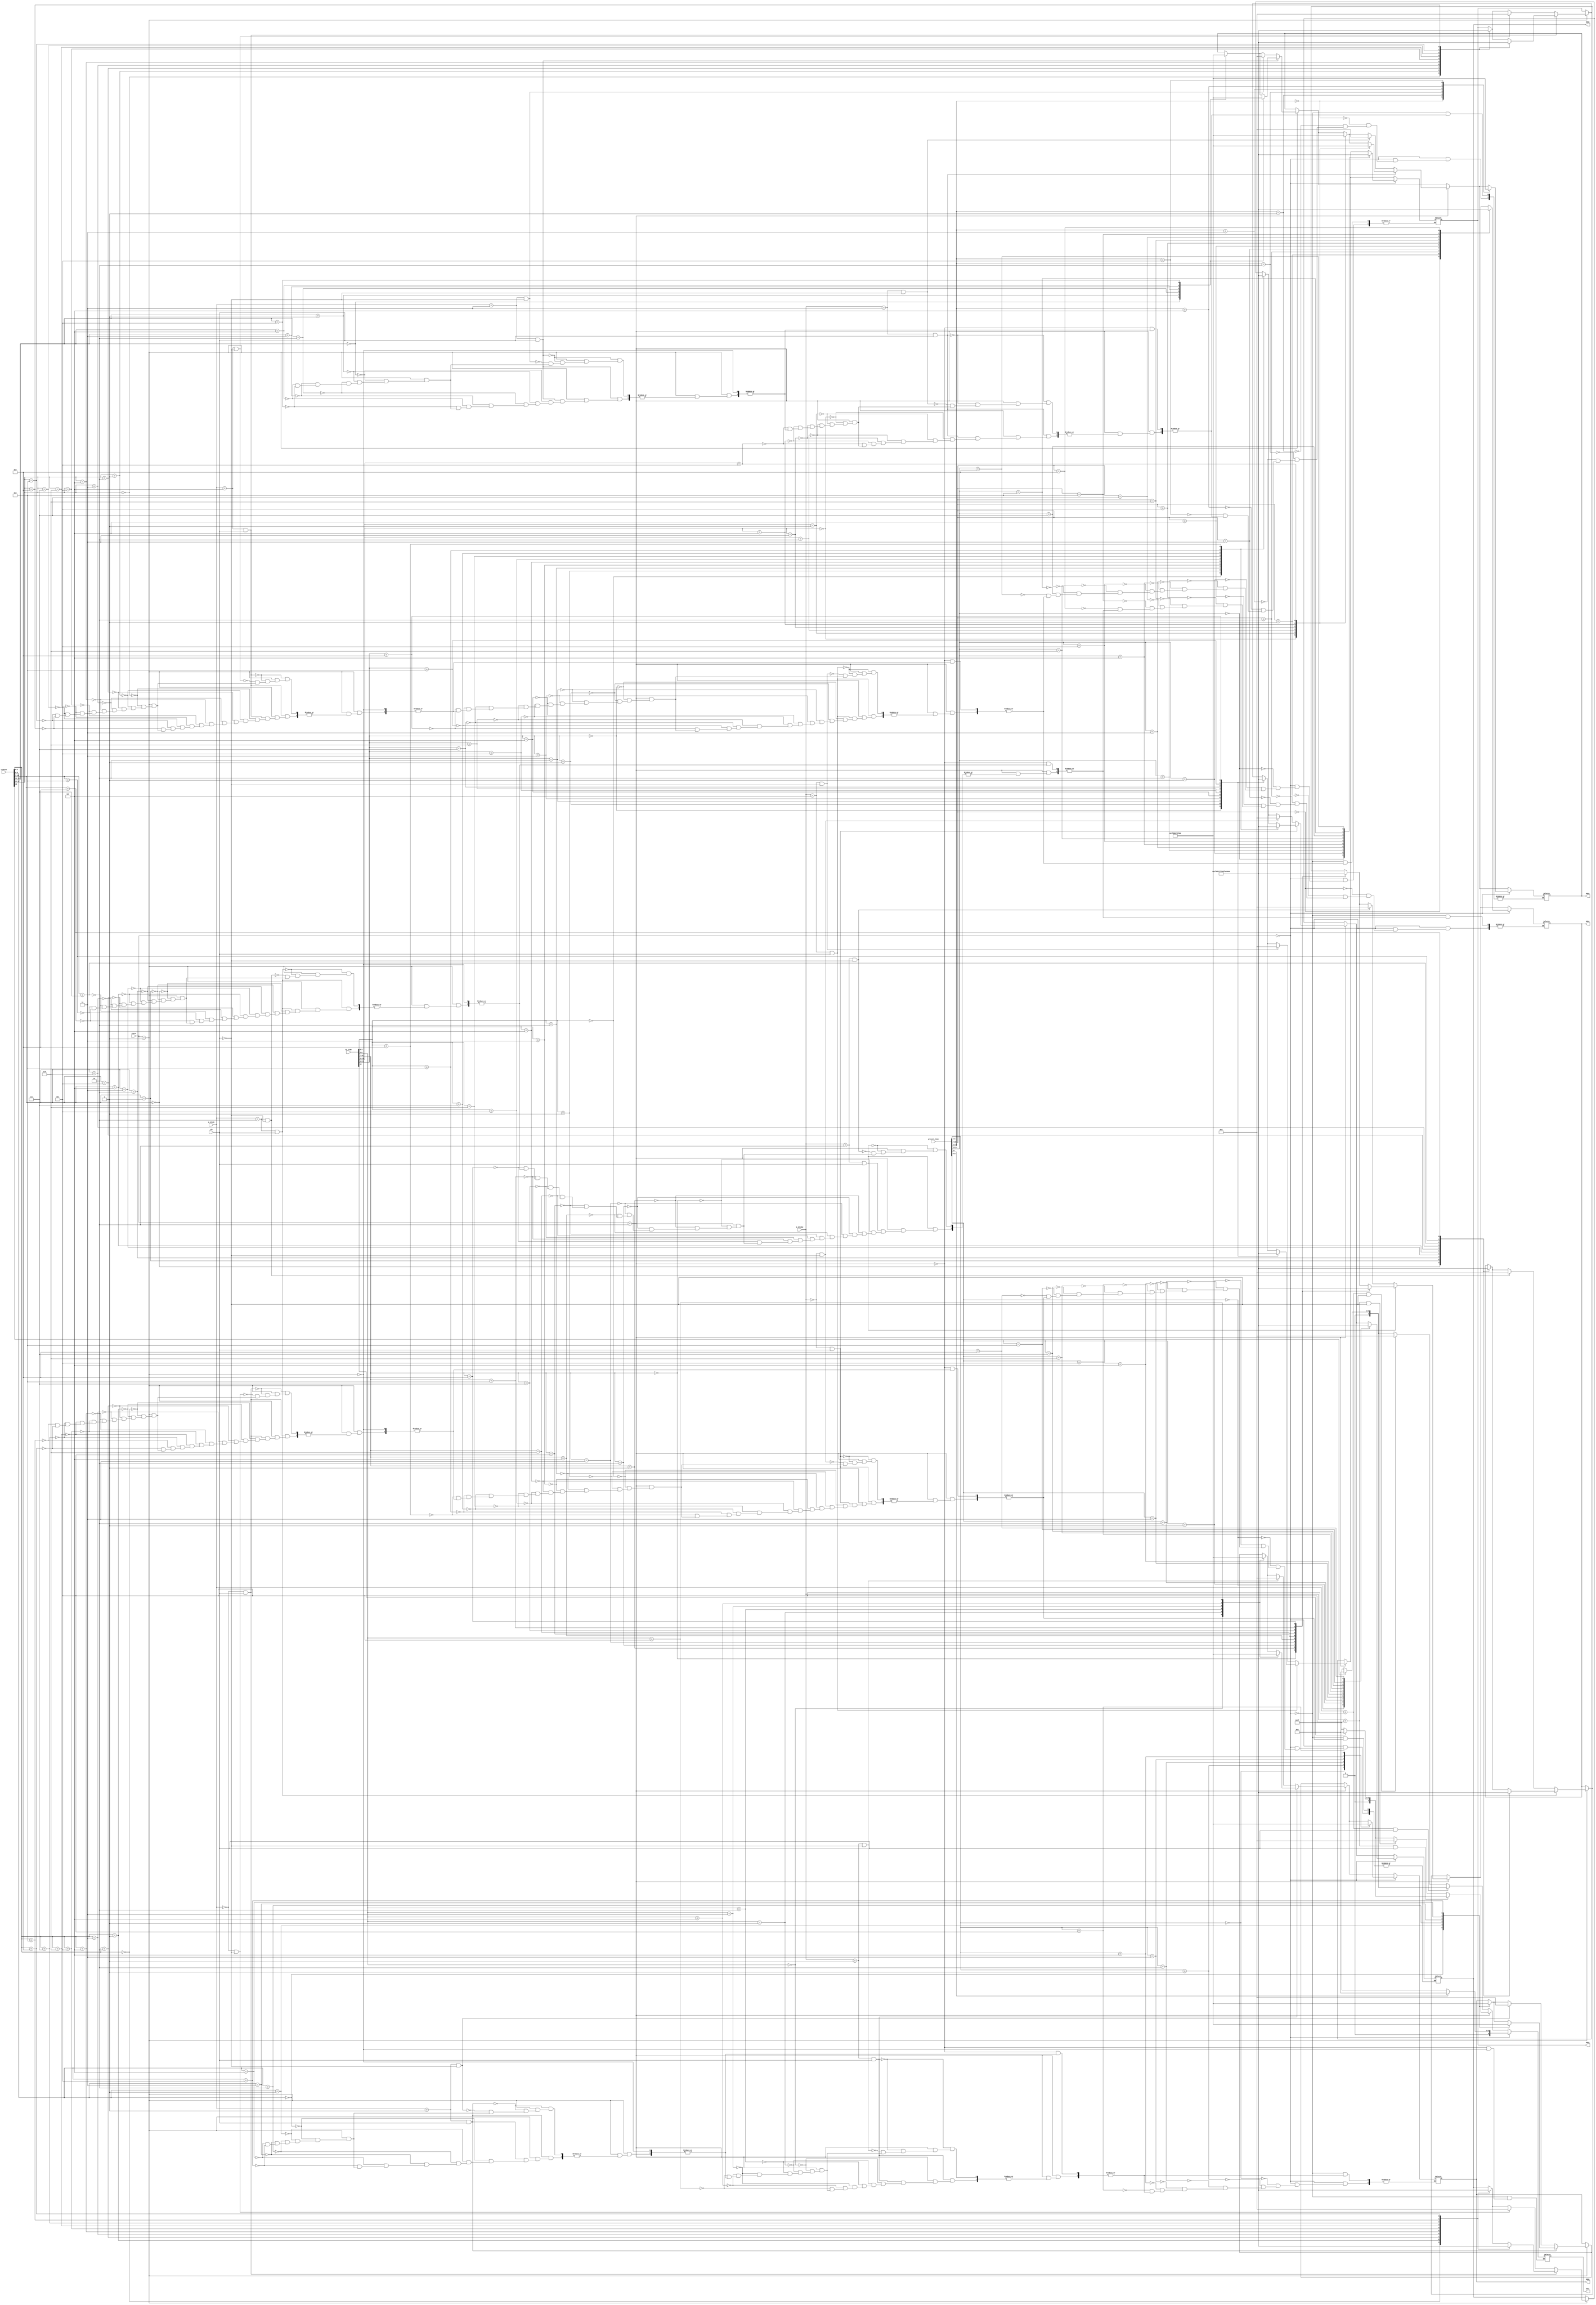
module seg7dec (

input clk,  // 2hz
input wire[18:0] timeset,
input wire[18:0] AL_time,
input wire[18:0] present_time,
input wire[2:0] S_STATE,
input wire[2:0] S_STATE2,
input wire[1:0] state,

output reg [0:6] SEG1, // hour10
output reg [0:6] SEG2, // hour
output reg [0:6] SEG3, // minute10
output reg [0:6] SEG4, // minute
output reg [0:6] SEG5, // second10
output reg [0:6] SEG6  // sec
);

always @(*)
begin

if (state[1:0] == 2'b01) begin // timeset mode

 case (timeset[18]) // hour10
 0: SEG1[0:6] = 7'b011_1111;
 1: SEG1[0:6] = 7'b000_0110;
 endcase

 case (timeset[17:14]) // hour
 4'h0: SEG2[0:6] = 7'b011_1111;
 4'h1: SEG2[0:6] = 7'b000_0110;
 4'h2: SEG2[0:6] = 7'b101_1011;
 4'h3: SEG2[0:6] = 7'b100_1111;
 4'h4: SEG2[0:6] = 7'b110_0110;
 4'h5: SEG2[0:6] = 7'b110_1101;
 4'h6: SEG2[0:6] = 7'b111_1101;
 4'h7: SEG2[0:6] = 7'b000_0111;
 4'h8: SEG2[0:6] = 7'b111_1111;
 4'h9: SEG2[0:6] = 7'b110_1111;
endcase

case (timeset[13:11]) // minute10
 4'h0: SEG3[0:6] = 7'b011_1111;
 4'h1: SEG3[0:6] = 7'b000_0110;
 4'h2: SEG3[0:6] = 7'b101_1011;
 4'h3: SEG3[0:6] = 7'b100_1111;
 4'h4: SEG3[0:6] = 7'b110_0110;
 4'h5: SEG3[0:6] = 7'b110_1101;
endcase

case (timeset[10:7]) // minute
 4'h0: SEG4[0:6] = 7'b011_1111;
 4'h1: SEG4[0:6] = 7'b000_0110;
 4'h2: SEG4[0:6] = 7'b101_1011;
 4'h3: SEG4[0:6] = 7'b100_1111;
 4'h4: SEG4[0:6] = 7'b110_0110;
 4'h5: SEG4[0:6] = 7'b110_1101;
 4'h6: SEG4[0:6] = 7'b111_1101;
 4'h7: SEG4[0:6] = 7'b000_0111;
 4'h8: SEG4[0:6] = 7'b111_1111;
 4'h9: SEG4[0:6] = 7'b110_1111;
endcase

case (timeset[6:4]) // second10
 4'h0: SEG5[0:6] = 7'b011_1111;
 4'h1: SEG5[0:6] = 7'b000_0110;
 4'h2: SEG5[0:6] = 7'b101_1011;
 4'h3: SEG5[0:6] = 7'b100_1111;
 4'h4: SEG5[0:6] = 7'b110_0110;
 4'h5: SEG5[0:6] = 7'b110_1101;
endcase

case (timeset[3:0]) // sec
 4'h0: SEG6[0:6] = 7'b011_1111;
 4'h1: SEG6[0:6] = 7'b000_0110;
 4'h2: SEG6[0:6] = 7'b101_1011;
 4'h3: SEG6[0:6] = 7'b100_1111;
 4'h4: SEG6[0:6] = 7'b110_0110;
 4'h5: SEG6[0:6] = 7'b110_1101;
 4'h6: SEG6[0:6] = 7'b111_1101;
 4'h7: SEG6[0:6] = 7'b000_0111;
 4'h8: SEG6[0:6] = 7'b111_1111;
 4'h9: SEG6[0:6] = 7'b110_1111;
endcase


// slected segment flash code (0.5sec) (timeset)
if (S_STATE[2:0] == 3'b101 && clk == 1) begin
 case (timeset[18]) // hour10
 0: SEG1[0:6] = 7'b011_1111;
 1: SEG1[0:6] = 7'b000_0110;
 endcase
end

else if (S_STATE[2:0] == 3'b101 && clk == 0) begin
  SEG1[0:6] = 7'b000_0000;
end

if (S_STATE[2:0] == 3'b100 && clk == 1) begin
 case (timeset[17:14]) // hour
 4'h0: SEG2[0:6] = 7'b011_1111;
 4'h1: SEG2[0:6] = 7'b000_0110;
 4'h2: SEG2[0:6] = 7'b101_1011;
 4'h3: SEG2[0:6] = 7'b100_1111;
 4'h4: SEG2[0:6] = 7'b110_0110;
 4'h5: SEG2[0:6] = 7'b110_1101;
 4'h6: SEG2[0:6] = 7'b111_1101;
 4'h7: SEG2[0:6] = 7'b000_0111;
 4'h8: SEG2[0:6] = 7'b111_1111;
 4'h9: SEG2[0:6] = 7'b110_1111;
endcase
end

else if (S_STATE[2:0] == 3'b100 && clk == 0) begin
  SEG2[0:6] = 7'b000_0000;
end

if (S_STATE[2:0] == 3'b011 && clk == 1) begin
 case (timeset[13:11]) // minute10
 4'h0: SEG3[0:6] = 7'b011_1111;
 4'h1: SEG3[0:6] = 7'b000_0110;
 4'h2: SEG3[0:6] = 7'b101_1011;
 4'h3: SEG3[0:6] = 7'b100_1111;
 4'h4: SEG3[0:6] = 7'b110_0110;
 4'h5: SEG3[0:6] = 7'b110_1101;
 endcase
end

else if (S_STATE[2:0] == 3'b011 && clk == 0) begin
  SEG3[0:6] = 7'b000_0000;
end

if (S_STATE[2:0] == 3'b010 && clk == 1) begin
case (timeset[10:7]) // minute
 4'h0: SEG4[0:6] = 7'b011_1111;
 4'h1: SEG4[0:6] = 7'b000_0110;
 4'h2: SEG4[0:6] = 7'b101_1011;
 4'h3: SEG4[0:6] = 7'b100_1111;
 4'h4: SEG4[0:6] = 7'b110_0110;
 4'h5: SEG4[0:6] = 7'b110_1101;
 4'h6: SEG4[0:6] = 7'b111_1101;
 4'h7: SEG4[0:6] = 7'b000_0111;
 4'h8: SEG4[0:6] = 7'b111_1111;
 4'h9: SEG4[0:6] = 7'b110_1111;
endcase
end

else if (S_STATE[2:0] == 3'b010 && clk == 0) begin
  SEG4[0:6] = 7'b000_0000;
end

if (S_STATE[2:0] == 3'b001 && clk == 1) begin
case (timeset[6:4]) // second10
 4'h0: SEG5[0:6] = 7'b011_1111;
 4'h1: SEG5[0:6] = 7'b000_0110;
 4'h2: SEG5[0:6] = 7'b101_1011;
 4'h3: SEG5[0:6] = 7'b100_1111;
 4'h4: SEG5[0:6] = 7'b110_0110;
 4'h5: SEG5[0:6] = 7'b110_1101;
endcase
end

else if (S_STATE[2:0] == 3'b001 && clk == 0) begin
  SEG5[0:6] = 7'b000_0000;
end

if (S_STATE[2:0] == 3'b000 && clk == 1) begin
case (timeset[3:0]) // sec
 4'h0: SEG6[0:6] = 7'b011_1111;
 4'h1: SEG6[0:6] = 7'b000_0110;
 4'h2: SEG6[0:6] = 7'b101_1011;
 4'h3: SEG6[0:6] = 7'b100_1111;
 4'h4: SEG6[0:6] = 7'b110_0110;
 4'h5: SEG6[0:6] = 7'b110_1101;
 4'h6: SEG6[0:6] = 7'b111_1101;
 4'h7: SEG6[0:6] = 7'b000_0111;
 4'h8: SEG6[0:6] = 7'b111_1111;
 4'h9: SEG6[0:6] = 7'b110_1111;
endcase
end

else if (S_STATE[2:0] == 3'b000 && clk == 0) begin
  SEG6[0:6] = 7'b000_0000;
end

end


// AL_time
if (state[1:0] == 2'b10) begin

case (AL_time[18]) // hour10
 4'h0: SEG1[0:6] = 7'b011_1111;
 4'h1: SEG1[0:6] = 7'b000_0110;
endcase

case (AL_time[17:14]) // hour
 4'h0: SEG2[0:6] = 7'b011_1111;
 4'h1: SEG2[0:6] = 7'b000_0110;
 4'h2: SEG2[0:6] = 7'b101_1011;
 4'h3: SEG2[0:6] = 7'b100_1111;
 4'h4: SEG2[0:6] = 7'b110_0110;
 4'h5: SEG2[0:6] = 7'b110_1101;
 4'h6: SEG2[0:6] = 7'b111_1101;
 4'h7: SEG2[0:6] = 7'b000_0111;
 4'h8: SEG2[0:6] = 7'b111_1111;
 4'h9: SEG2[0:6] = 7'b110_1111;
endcase

case (AL_time[13:11]) // minute10
 4'h0: SEG3[0:6] = 7'b011_1111;
 4'h1: SEG3[0:6] = 7'b000_0110;
 4'h2: SEG3[0:6] = 7'b101_1011;
 4'h3: SEG3[0:6] = 7'b100_1111;
 4'h4: SEG3[0:6] = 7'b110_0110;
 4'h5: SEG3[0:6] = 7'b110_1101;
endcase

case (AL_time[10:7]) // minute
 4'h0: SEG4[0:6] = 7'b011_1111;
 4'h1: SEG4[0:6] = 7'b000_0110;
 4'h2: SEG4[0:6] = 7'b101_1011;
 4'h3: SEG4[0:6] = 7'b100_1111;
 4'h4: SEG4[0:6] = 7'b110_0110;
 4'h5: SEG4[0:6] = 7'b110_1101;
 4'h6: SEG4[0:6] = 7'b111_1101;
 4'h7: SEG4[0:6] = 7'b000_0111;
 4'h8: SEG4[0:6] = 7'b111_1111;
 4'h9: SEG4[0:6] = 7'b110_1111;
endcase

case (AL_time[6:4]) // second10
 4'h0: SEG5[0:6] = 7'b011_1111;
 4'h1: SEG5[0:6] = 7'b000_0110;
 4'h2: SEG5[0:6] = 7'b101_1011;
 4'h3: SEG5[0:6] = 7'b100_1111;
 4'h4: SEG5[0:6] = 7'b110_0110;
 4'h5: SEG5[0:6] = 7'b110_1101;
endcase

case (AL_time[3:0]) // sec
 4'h0: SEG6[0:6] = 7'b011_1111;
 4'h1: SEG6[0:6] = 7'b000_0110;
 4'h2: SEG6[0:6] = 7'b101_1011;
 4'h3: SEG6[0:6] = 7'b100_1111;
 4'h4: SEG6[0:6] = 7'b110_0110;
 4'h5: SEG6[0:6] = 7'b110_1101;
 4'h6: SEG6[0:6] = 7'b111_1101;
 4'h7: SEG6[0:6] = 7'b000_0111;
 4'h8: SEG6[0:6] = 7'b111_1111;
 4'h9: SEG6[0:6] = 7'b110_1111;
endcase


// slected segment flash code (0.5sec) (AL_time)
if (S_STATE2[2:0] == 3'b101 && clk == 1) begin
 case (AL_time[18]) // hour10
 0: SEG1[0:6] = 7'b011_1111;
 1: SEG1[0:6] = 7'b000_0110;
 endcase
end

else if (S_STATE2[2:0] == 3'b101 && clk == 0) begin
  SEG1[0:6] = 7'b000_0000;
end

if (S_STATE2[2:0] == 3'b100 && clk == 1) begin
 case (AL_time[17:14]) // hour
 4'h0: SEG2[0:6] = 7'b011_1111;
 4'h1: SEG2[0:6] = 7'b000_0110;
 4'h2: SEG2[0:6] = 7'b101_1011;
 4'h3: SEG2[0:6] = 7'b100_1111;
 4'h4: SEG2[0:6] = 7'b110_0110;
 4'h5: SEG2[0:6] = 7'b110_1101;
 4'h6: SEG2[0:6] = 7'b111_1101;
 4'h7: SEG2[0:6] = 7'b000_0111;
 4'h8: SEG2[0:6] = 7'b111_1111;
 4'h9: SEG2[0:6] = 7'b110_1111;
endcase
end

else if (S_STATE2[2:0] == 3'b100 && clk == 0) begin
  SEG2[0:6] = 7'b000_0000;
end

if (S_STATE2[2:0] == 3'b011 && clk == 1) begin
 case (AL_time[13:11]) // minute10
 4'h0: SEG3[0:6] = 7'b011_1111;
 4'h1: SEG3[0:6] = 7'b000_0110;
 4'h2: SEG3[0:6] = 7'b101_1011;
 4'h3: SEG3[0:6] = 7'b100_1111;
 4'h4: SEG3[0:6] = 7'b110_0110;
 4'h5: SEG3[0:6] = 7'b110_1101;
 endcase
end

else if (S_STATE2[2:0] == 3'b011 && clk == 0) begin
  SEG3[0:6] = 7'b000_0000;
end

if (S_STATE2[2:0] == 3'b010 && clk == 1) begin
case (AL_time[10:7]) // minute
 4'h0: SEG4[0:6] = 7'b011_1111;
 4'h1: SEG4[0:6] = 7'b000_0110;
 4'h2: SEG4[0:6] = 7'b101_1011;
 4'h3: SEG4[0:6] = 7'b100_1111;
 4'h4: SEG4[0:6] = 7'b110_0110;
 4'h5: SEG4[0:6] = 7'b110_1101;
 4'h6: SEG4[0:6] = 7'b111_1101;
 4'h7: SEG4[0:6] = 7'b000_0111;
 4'h8: SEG4[0:6] = 7'b111_1111;
 4'h9: SEG4[0:6] = 7'b110_1111;
endcase
end

else if (S_STATE2[2:0] == 3'b010 && clk == 0) begin
  SEG4[0:6] = 7'b000_0000;
end

if (S_STATE2[2:0] == 3'b001 && clk == 1) begin
case (AL_time[6:4]) // second10
 4'h0: SEG5[0:6] = 7'b011_1111;
 4'h1: SEG5[0:6] = 7'b000_0110;
 4'h2: SEG5[0:6] = 7'b101_1011;
 4'h3: SEG5[0:6] = 7'b100_1111;
 4'h4: SEG5[0:6] = 7'b110_0110;
 4'h5: SEG5[0:6] = 7'b110_1101;
endcase
end

else if (S_STATE2[2:0] == 3'b001 && clk == 0) begin
  SEG5[0:6] = 7'b000_0000;
end

if (S_STATE2[2:0] == 3'b000 && clk == 1) begin
case (AL_time[3:0]) // sec
 4'h0: SEG6[0:6] = 7'b011_1111;
 4'h1: SEG6[0:6] = 7'b000_0110;
 4'h2: SEG6[0:6] = 7'b101_1011;
 4'h3: SEG6[0:6] = 7'b100_1111;
 4'h4: SEG6[0:6] = 7'b110_0110;
 4'h5: SEG6[0:6] = 7'b110_1101;
 4'h6: SEG6[0:6] = 7'b111_1101;
 4'h7: SEG6[0:6] = 7'b000_0111;
 4'h8: SEG6[0:6] = 7'b111_1111;
 4'h9: SEG6[0:6] = 7'b110_1111;
endcase
end

else if (S_STATE2[2:0] == 3'b000 && clk == 0) begin
  SEG6[0:6] = 7'b000_0000;
end

end





// present time
if (state[1:0] == 2'b00) begin

case (present_time[18]) // hour10
 0: SEG1[0:6] = 7'b011_1111;
 1: SEG1[0:6] = 7'b000_0110;
endcase

case (present_time[17:14]) // hour
 4'h0: SEG2[0:6] = 7'b011_1111;
 4'h1: SEG2[0:6] = 7'b000_0110;
 4'h2: SEG2[0:6] = 7'b101_1011;
 4'h3: SEG2[0:6] = 7'b100_1111;
 4'h4: SEG2[0:6] = 7'b110_0110;
 4'h5: SEG2[0:6] = 7'b110_1101;
 4'h6: SEG2[0:6] = 7'b111_1101;
 4'h7: SEG2[0:6] = 7'b000_0111;
 4'h8: SEG2[0:6] = 7'b111_1111;
 4'h9: SEG2[0:6] = 7'b110_1111;
endcase

case (present_time[13:11]) // minute10
 4'h0: SEG3[0:6] = 7'b011_1111;
 4'h1: SEG3[0:6] = 7'b000_0110;
 4'h2: SEG3[0:6] = 7'b101_1011;
 4'h3: SEG3[0:6] = 7'b100_1111;
 4'h4: SEG3[0:6] = 7'b110_0110;
 4'h5: SEG3[0:6] = 7'b110_1101;
endcase

case (present_time[10:7]) // minute
 4'h0: SEG4[0:6] = 7'b011_1111;
 4'h1: SEG4[0:6] = 7'b000_0110;
 4'h2: SEG4[0:6] = 7'b101_1011;
 4'h3: SEG4[0:6] = 7'b100_1111;
 4'h4: SEG4[0:6] = 7'b110_0110;
 4'h5: SEG4[0:6] = 7'b110_1101;
 4'h6: SEG4[0:6] = 7'b111_1101;
 4'h7: SEG4[0:6] = 7'b000_0111;
 4'h8: SEG4[0:6] = 7'b111_1111;
 4'h9: SEG4[0:6] = 7'b110_1111;
endcase

case (present_time[6:4]) // second10
 4'h0: SEG5[0:6] = 7'b011_1111;
 4'h1: SEG5[0:6] = 7'b000_0110;
 4'h2: SEG5[0:6] = 7'b101_1011;
 4'h3: SEG5[0:6] = 7'b100_1111;
 4'h4: SEG5[0:6] = 7'b110_0110;
 4'h5: SEG5[0:6] = 7'b110_1101;
endcase

case (present_time[3:0]) // sec
 4'h0: SEG6[0:6] = 7'b011_1111;
 4'h1: SEG6[0:6] = 7'b000_0110;
 4'h2: SEG6[0:6] = 7'b101_1011;
 4'h3: SEG6[0:6] = 7'b100_1111;
 4'h4: SEG6[0:6] = 7'b110_0110;
 4'h5: SEG6[0:6] = 7'b110_1101;
 4'h6: SEG6[0:6] = 7'b111_1101;
 4'h7: SEG6[0:6] = 7'b000_0111;
 4'h8: SEG6[0:6] = 7'b111_1111;
 4'h9: SEG6[0:6] = 7'b110_1111;
endcase

end

end

endmodule